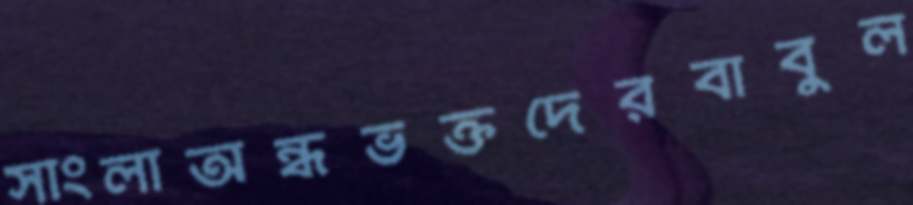
সাংলাঅন্ধভক্তদেরবাবুল